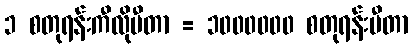
၁ စတုရန်းကီလိုမီတာ = ၁၀၀၀၀၀၀ စတုရန်းမီတာ